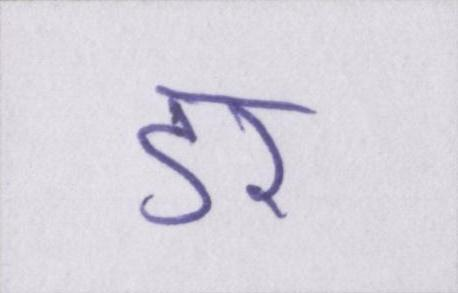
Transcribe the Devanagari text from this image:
डर